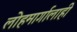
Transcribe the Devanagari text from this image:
लोहमार्गालाही